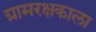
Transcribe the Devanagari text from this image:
ग्रामरक्षकाला